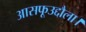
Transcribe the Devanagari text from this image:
आसफूउद्दौला।